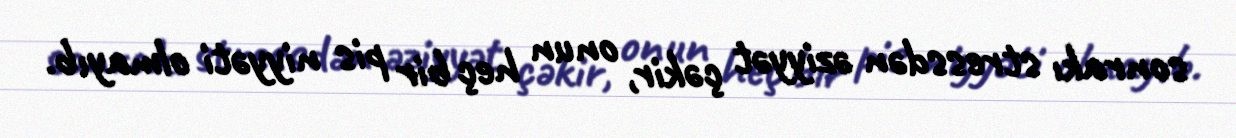
sonrakı stressdən əziyyət çəkir, onun heç bir pis niyyəti olmayıb.